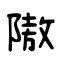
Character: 隞